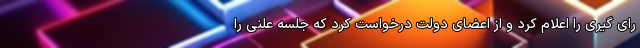
رای گیری را اعلام کرد و از اعضای دولت درخواست کرد که جلسه علنی را